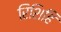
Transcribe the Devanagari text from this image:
रिशिहि